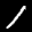
Label: 1